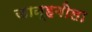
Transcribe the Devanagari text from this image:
जान्हवीला